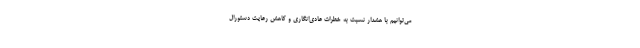
می‌توانیم با هشدار نسبت به خطرات عادی‌انگاری و کاهش رعایت دستورال